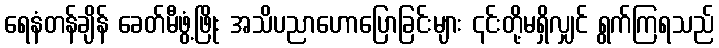
ရေနံတန်ချိန် ခေတ်မီဖွံ့ဖြိုး အသိပညာဟောပြောခြင်းများ ၎င်းတို့မရှိလျှင် ရွက်ကြရသည်